Lunatic asylums Punjab 1881-1894 - 1881-1894
Year: 1881
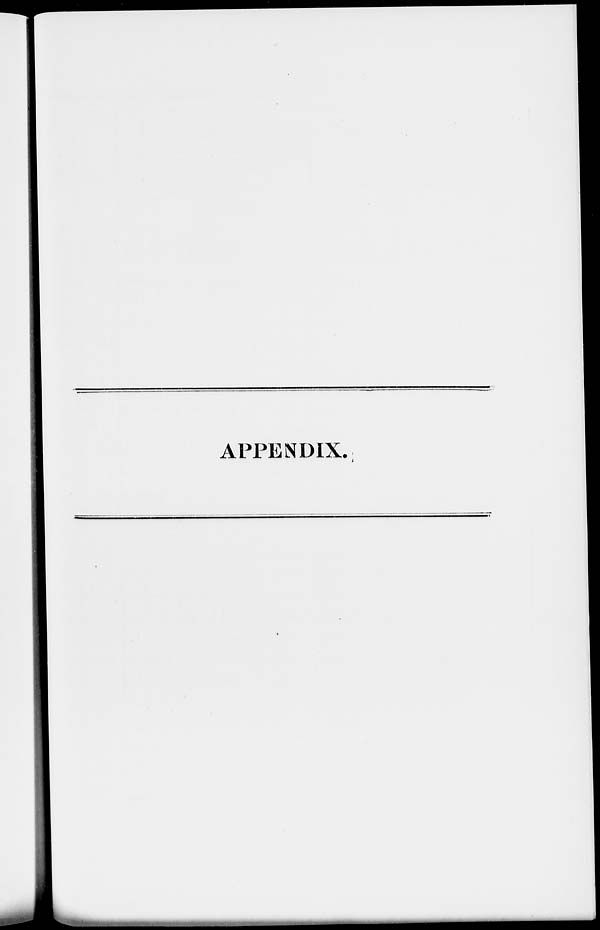
APPENDIX.